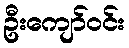
ဦးကျော်ဝင်း